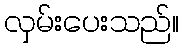
လှမ်းပေးသည်။